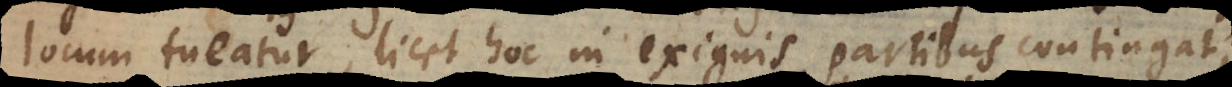
locum tueatur, licet hoc in exiguis partibus contingat,